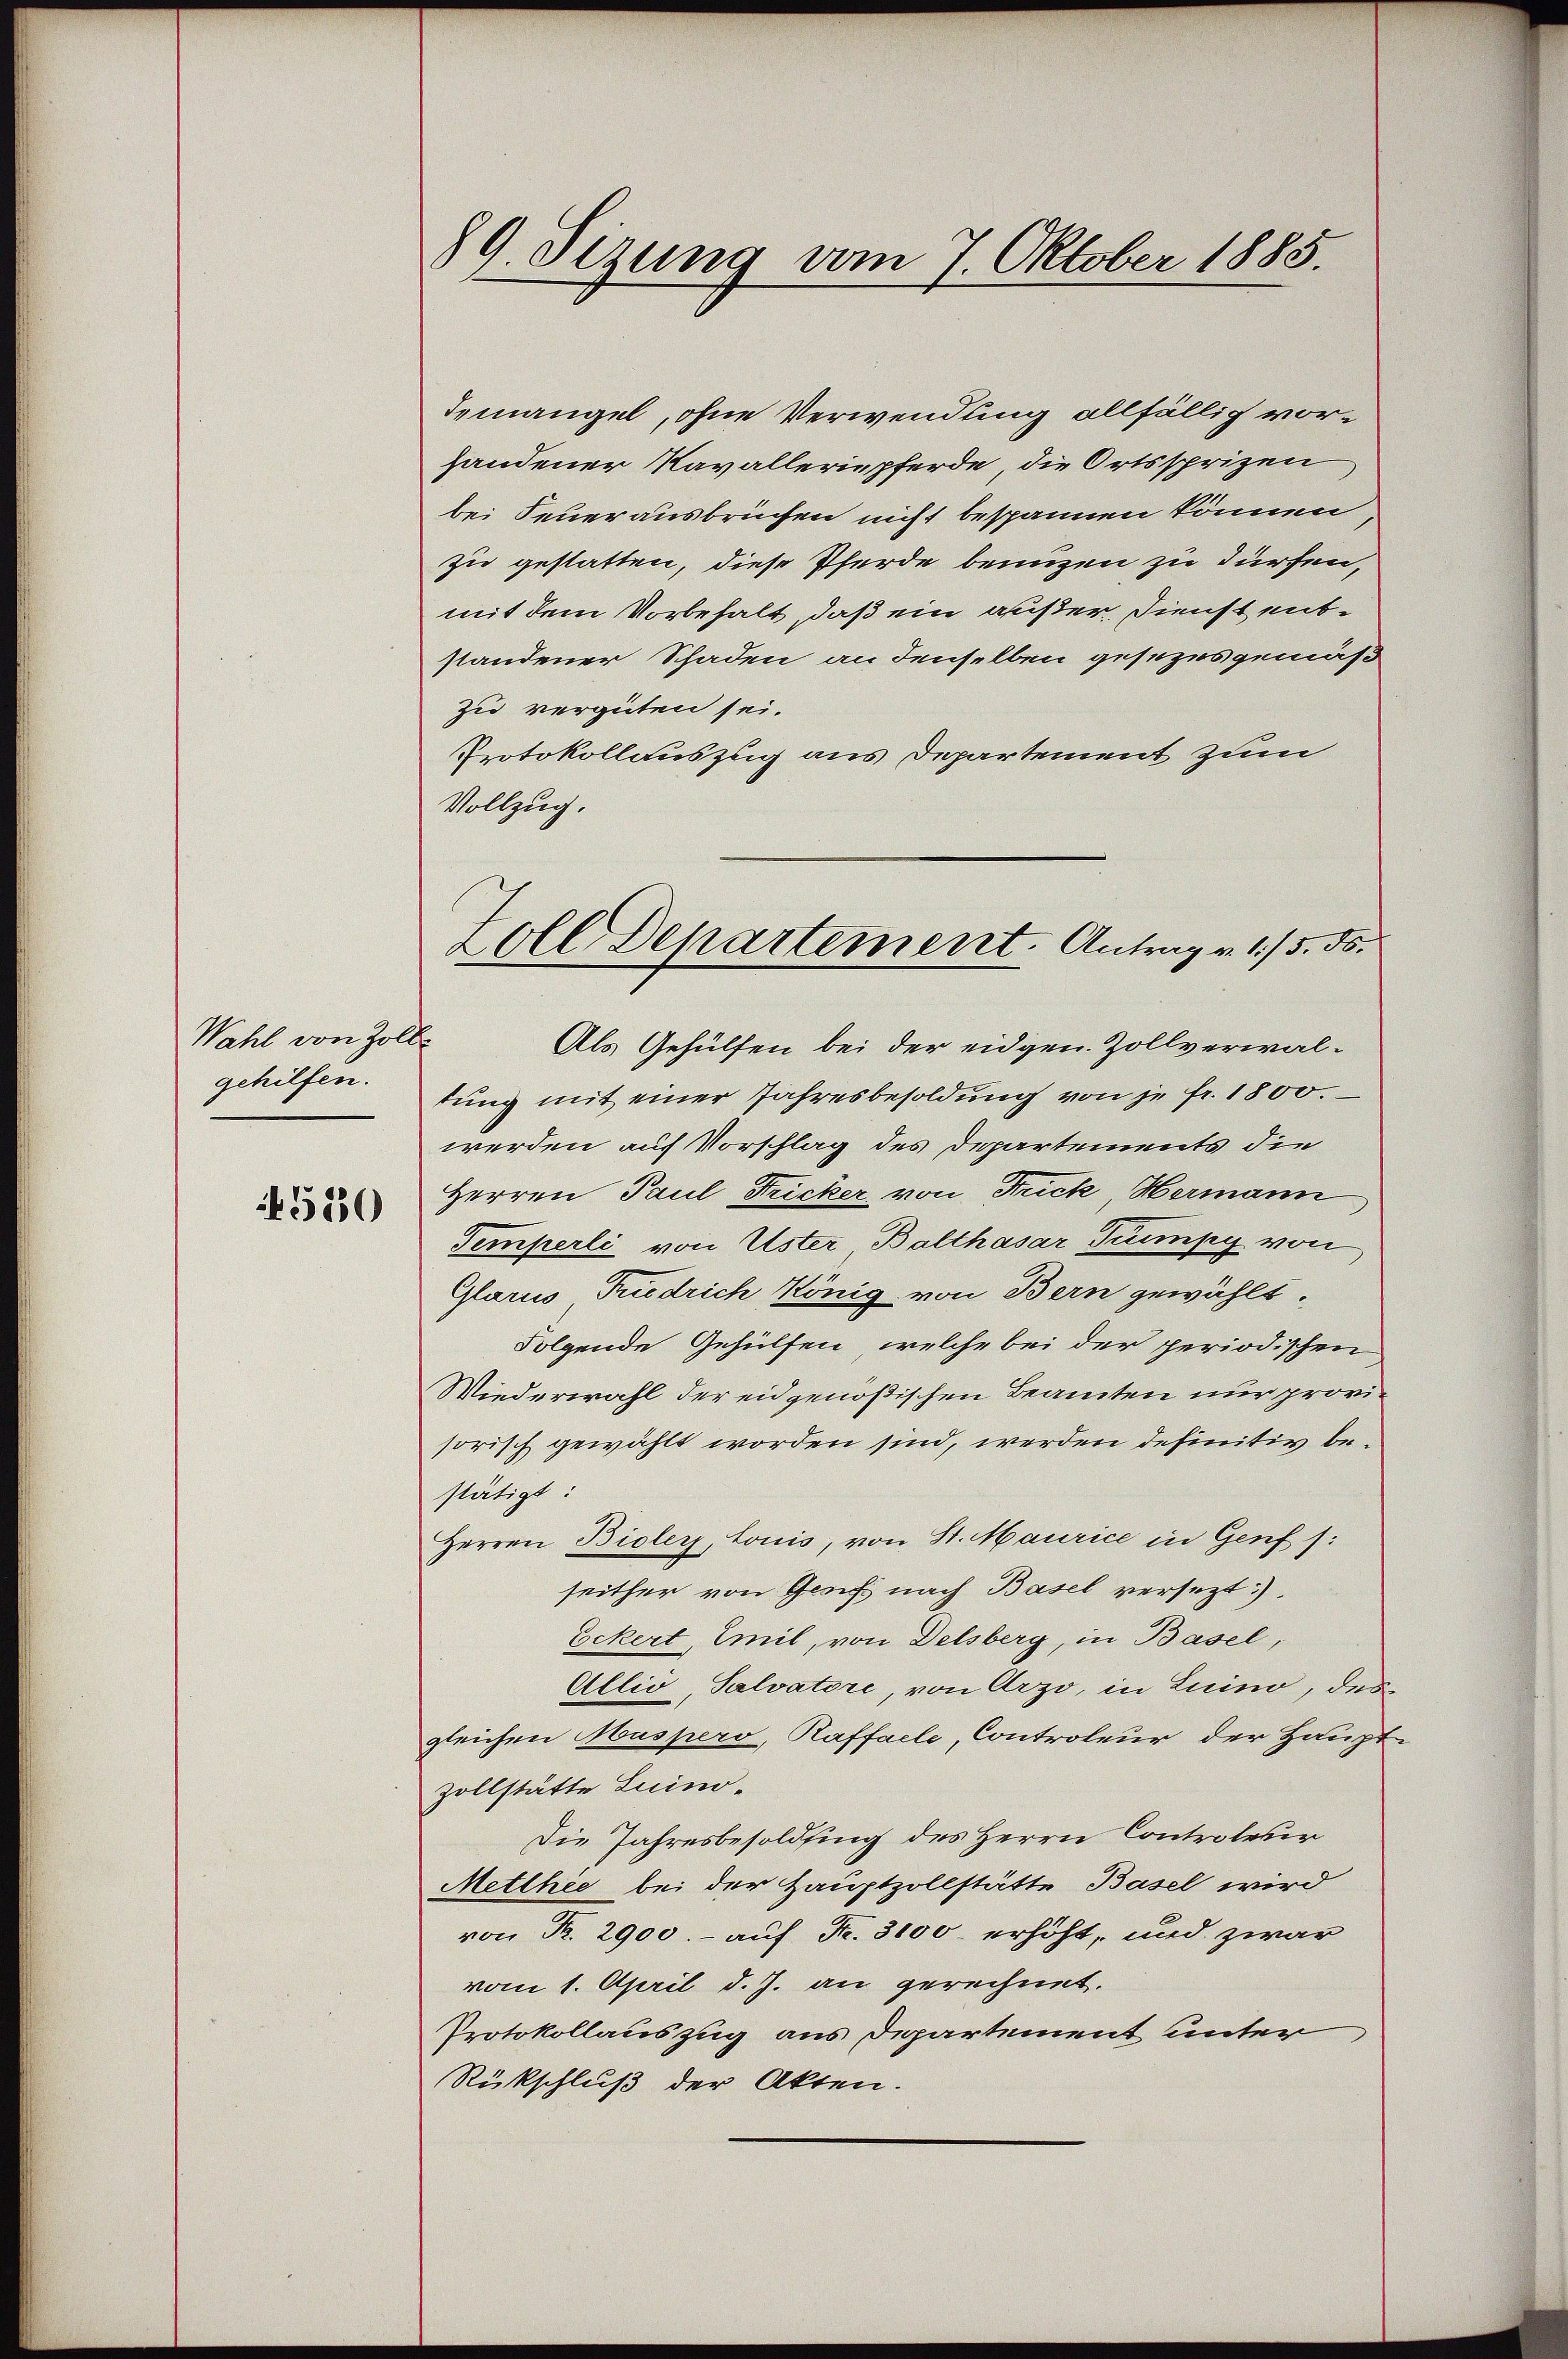
Wahl von Zoll
gehilfen.

6530

89. Sizung vom 7. Oktober 1885.

demangel, ohne Verwendung allfällig vorhandener Navalleriepferde, die Ortssprizen
bei Feuerausbrüchen nicht bespannen können,
zu gestatten, diese Pferde benuzen zu dürfen,
mit dem Vorbehalt, daß ein außer, Dienst entstandener Schaden an denselben gesezes gemäß
zu vergüten sei.
Protokollauszug aus Departement zum
Vollzug.
Als Gehülfen bei der eidgen. Zollverwaltŭng mit einer Jahresbesoldung von je fr. 1800.
werden auf Vorschlag des Departements die
Herren Paul Fricker, von Strick, Hermann,
Temperli von Uster Balthasar Trumpy von
Glarus Triedrich König, von Bern gewählt.
Folgende Gehülfen, welche bei der periodischen
Wiederwahl der eidgenößischen Beamten nur provisorisch gewählt worden sind, werden definitiv bestätigt:
Herren Bioler, Louis, von St. Maurice in Genf):
seither von Gerich nach Basel versezt:).
Eckert, Emil, von Delsberg, in Basel,
Allio, Salvatore, von Arzo, in Luino, des
gleichen Muspers, Raffalle, Controleur der Haupt-
zollstätte Luino-
Die Jahresbesoldsing des Herrn Controleur
Metthee bei der Hauptzollstätte Basel wird
von Fr. 2900.- auf Fr. 3100. erhöht, und zwar
vom 1. April d. J. an gerechnet.
Protokollauszug aus Departement unter
Rückschluß der Akten.

Zoll Departement. Antrag v. 15. 50